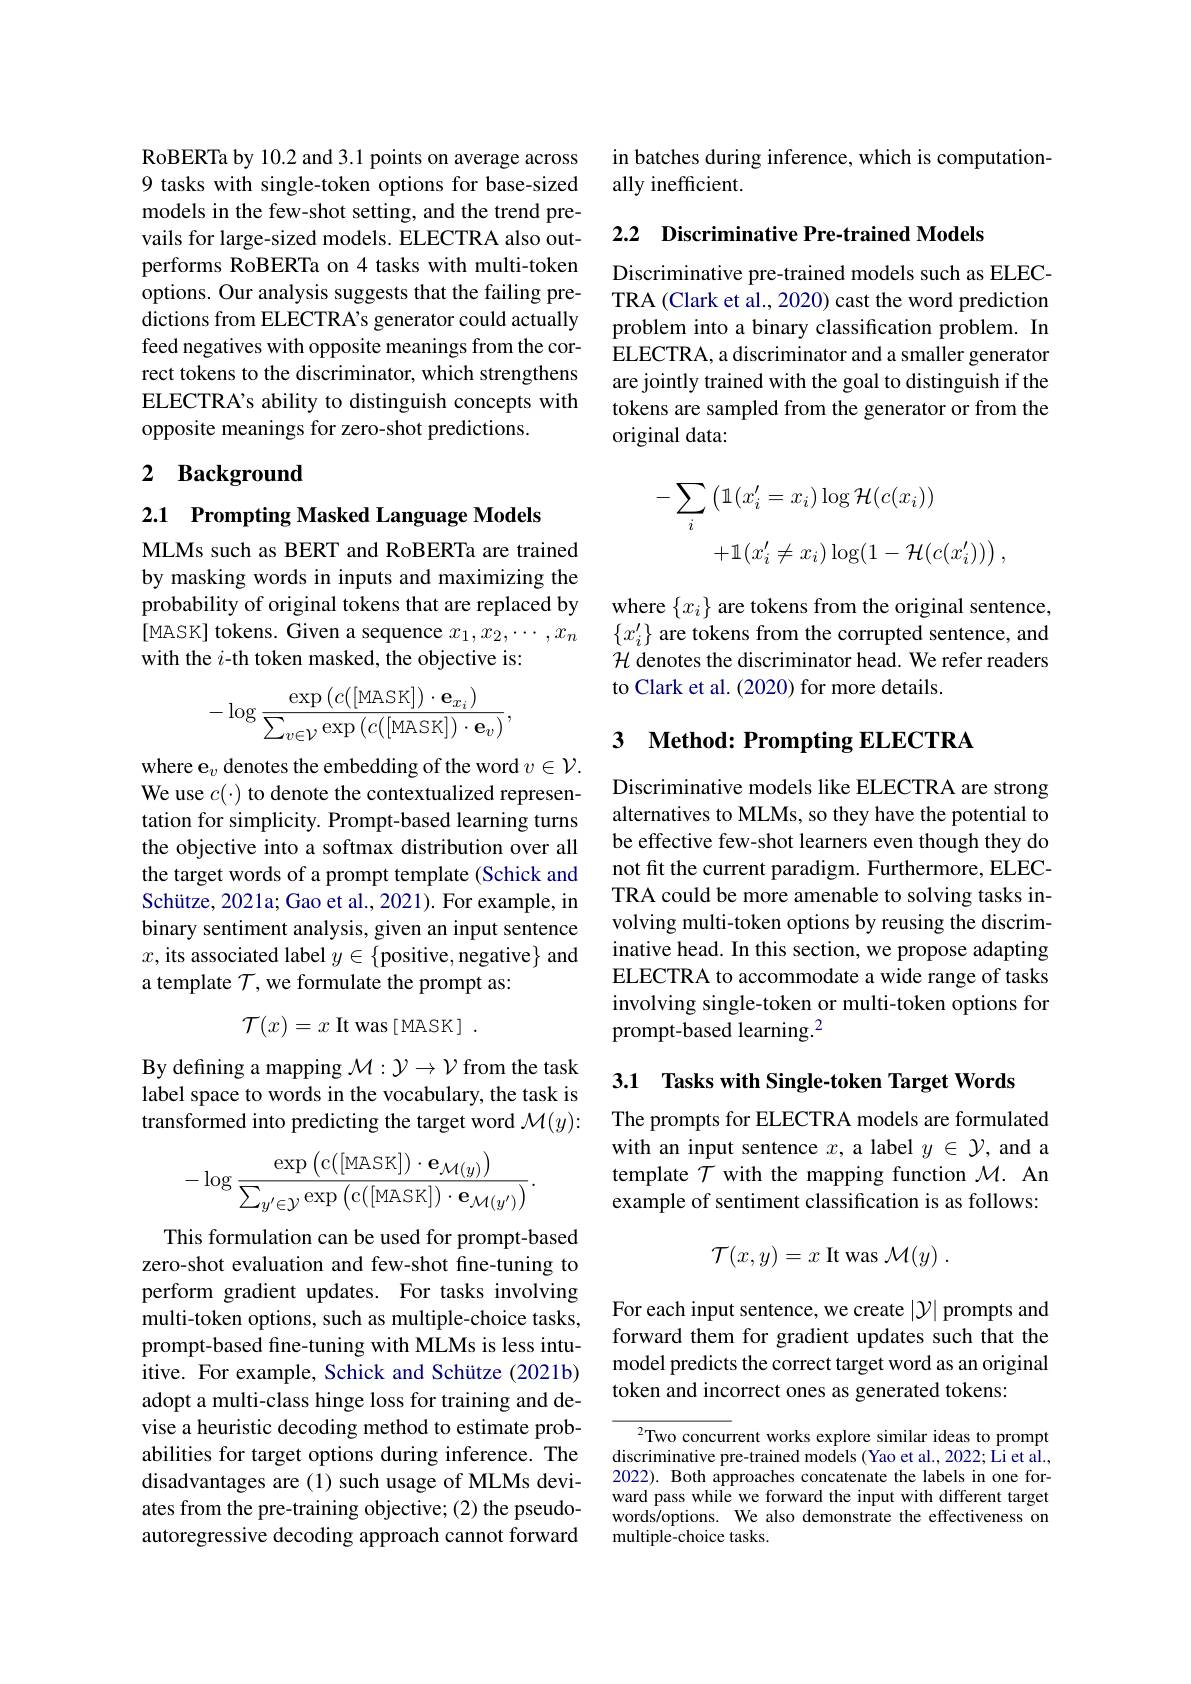
RoBERTa by 10.2 and 3.1 points on average across 9 tasks with single-token options for base-sized models in the few-shot setting, and the trend prevails for large-sized models. ELECTRA also outperforms RoBERTa on 4 tasks with multi-token options. Our analysis suggests that the failing predictions from ELECTRA's generator could actually feed negatives with opposite meanings from the correct tokens to the discriminator, which strengthens ELECTRA's ability to distinguish concepts with opposite meanings for zero-shot predictions.

## 2 Background

2.1 Prompting Masked Language Models

MLMs such as BERT and RoBERTa are trained by masking words in inputs and maximizing the probability of original tokens that are replaced by [MASK] tokens. Given a sequence $x_1,x_2,\cdots,x_n$ with the $i$-th token masked, the objective is:
$$-\log\frac{\exp\left(c([\text{MASK}])\cdot\mathbf{e}_{x_i})\right)}{\sum_{v\in\mathcal{V}}\exp\left(c([\text{MASK}])\cdot\mathbf{e}_v)\right)},$$
where e$_v$ denotes the embedding of the word $v\in\mathcal{V}.$ We use $c(\cdot)$ to denote the contextualized representation for simplicity. Prompt-based learning turns the objective into a softmax distribution over all the target words of a prompt template (Schick and Schütze, 2021a; Gao et al., 2021). For example, in binary sentiment analysis, given an input sentence $x$,its associated label $y\in\{$positive,negative$\}$ and a template $\mathcal{T}$, we formulate the prompt as:
$$\mathcal{T}(x)=x\text{ It was [ MASK]}\:.$$
By defining a mapping $\mathcal{M}:\mathcal{Y}\to\mathcal{V}$ from the task label space to words in the vocabulary, the task is transformed into predicting the target word $\mathcal{M}(y):$
$$-\log\frac{\exp\left(\mathrm{c}([\mathrm{MASK}])\cdot\mathbf{e}_{\mathcal{M}(y)}\right)}{\sum_{y'\in\mathcal{Y}}\exp\left(\mathrm{c}([\mathrm{MASK}])\cdot\mathbf{e}_{\mathcal{M}(y')}\right)}.$$
This formulation can be used for prompt-based zero-shot evaluation and few-shot fine-tuning to perform gradient updates. For tasks involving multi-token options, such as multiple-choice tasks, prompt-based fine-tuning with MLMs is less intuitive. For example, Schick and Schütze (2021b) adopt a multi-class hinge loss for training and devise a heuristic decoding method to estimate probabilities for target options during inference. The disadvantages are (1) such usage of MLMs deviates from the pre-training objective; (2) the pseudoautoregressive decoding approach cannot forward

in batches during inference, which is computation-
ally inefficient.

2.2 Discriminative Pre-trained Models

Discriminative pre-trained models such as ELECTRA (Clark et al., 2020) cast the word prediction problem into a binary classification problem. In ELECTRA, a discriminator and a smaller generator are jointly trained with the goal to distinguish if the tokens are sampled from the generator or from the original data:
$$\begin{aligned}-\sum_{i}\left(\mathbb{1}(x_{i}^{\prime}=x_{i})\log\mathcal{H}(c(x_{i}))\right.\\&+\mathbb{1}\left(x_{i}^{\prime}\neq x_{i}\right)\log(1-\mathcal{H}(c(x_{i}^{\prime})))\:,\end{aligned}$$
where $\{x_i\}$ are tokens from the original sentence, $\{x_i^{\prime}\}$ are tokens from the corrupted sentence, and $\mathcal{H}$ denotes the discriminator head. We refer readers to Clark et al. (2020) for more details.

# 3 Method: Prompting ELECTRA

Discriminative models like ELECTRA are strong alternatives to MLMs, so they have the potential to be effective few-shot learners even though they do not fit the current paradigm. Furthermore, ELECTRA could be more amenable to solving tasks involving multi-token options by reusing the discriminative head. In this section, we propose adapting ELECTRA to accommodate a wide range of tasks involving single-token or multi-token options for prompt-based learning.$^2$

3.1 Tasks with Single-token Target Words

The prompts for ELECTRA models are formulated with an input sentence $x$,a label $y\in\mathcal{Y}$,and a template $\mathcal{T}$ with the mapping function $\mathcal{M}.$ An example of sentiment classification is as follows:
$$\mathcal{T}(x,y)=x\:\mathrm{It~was}\:\mathcal{M}(y)\:.$$
For each input sentence, we create $|\mathcal{Y}|$ prompts and forward them for gradient updates such that the model predicts the correct target word as an original token and incorrect ones as generated tokens:

$^{2}$Two concurrent works explore similar ideas to prompt discriminative pre-trained models (Yao et al., 2022; Li et al., 2022). Both approaches concatenate the labels in one forward pass while we forward the input with different target words/options. We also demonstrate the effectiveness on multiple-choice tasks.